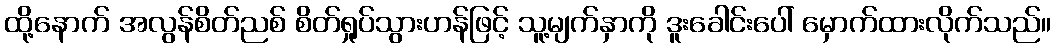
ထို့နောက် အလွန်စိတ်ညစ် စိတ်ရှုပ်သွားဟန်ဖြင့် သူ့မျက်နှာကို ဒူးခေါင်းပေါ် မှောက်ထားလိုက်သည်။